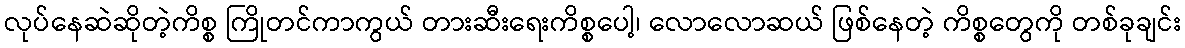
လုပ်နေဆဲဆိုတဲ့ကိစ္စ ကြိုတင်ကာကွယ် တားဆီးရေးကိစ္စပေါ့၊ လောလောဆယ် ဖြစ်နေတဲ့ ကိစ္စတွေကို တစ်ခုချင်း